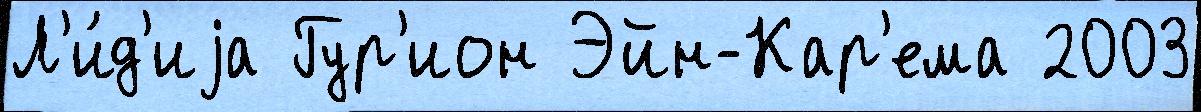
Л'и́д'иjа Гур'ион Эйн-Кар'ема 2003